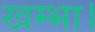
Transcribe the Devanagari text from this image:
खम्भा।